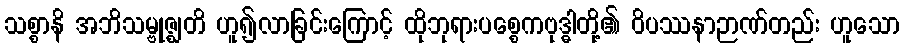
သစ္စာနိ အဘိသမ္ဗုဇ္ဈတိ ဟူ၍လာခြင်းကြောင့် ထိုဘုရားပစ္စေကဗုဒ္ဓါတို့၏ ဝိပဿနာဉာဏ်တည်း ဟူသော